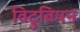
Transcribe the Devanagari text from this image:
विट्रुवियन